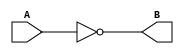
module not_gate(
    input wire A,
    output reg B
);

assign B = ~A;

endmodule